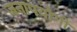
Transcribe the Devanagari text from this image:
जनापयोगी